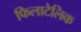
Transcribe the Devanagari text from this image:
फिलाटेलिक